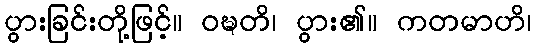
ပွားခြင်းတို့ဖြင့်။ ဝဍ္ဎတိ၊ ပွား၏။ ကတမာဟိ၊